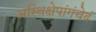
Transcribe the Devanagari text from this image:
अस्थिक्षेपांगंचेदं